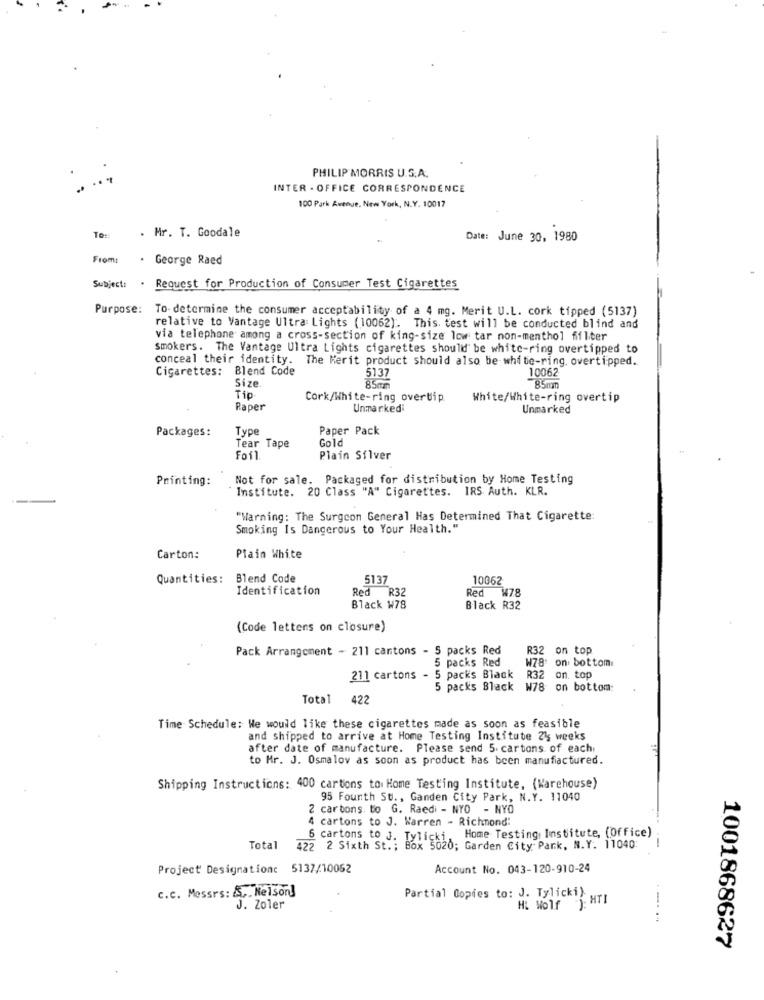
PHILIP MORRIS U.S.A.
INTER - OFFICE CORRESPONDENCE
100 Park Avenue, New York, N.Y. 10017
To:
. Mr. T. Goodale
Date: June 30, 1980
From:
. George Raed
Subject: . Request for Production of Consumer Test Cigarettes
Purpose: To-determine the consumer acceptability of a 4 mg. Merit U.L. cork tipped (5137)
relative to Vantage Ultra Lights (10062). This. test will be conducted blind and
via telephone among a cross-section of king-size low tar non-menthol filter
smokers. The Vantage Ultra Lights cigarettes should be white-ring overtipped to
conceal their identity. The Merit product should also be white-ring. overtipped.
Cigarettes: Blend Code
5137
10062
Siz
85mn
Tip
Cork/White-ring overtip
White/White-ring overtip
Raper
Unmarkedi
Unmarked
Packages:
Type
Paper Pack
Gold
Tear Tape
Foil
Plain Silver
Printing:
Not for sale. Packaged for distribution by Home Testing
Institute. 20 Class "A" Cigarettes. IRS Auth. KLR.
"Warning: The Surgeon General Has Determined That Cigarette:
Smoking Is Dangerous to Your Health."
Carton:
Plain White
Quantities: Blend Code
5137
10062
Identification
Red R32
Red W78
Black W78
Black R32
(Code letters on closure)
Pack Arrangement - 211 cantons - 5 packs Red
R32 on top
5 packs Red
W78' on bottom:
211 cartons - 5
5 packs Black
R32 on. top
5 packs Black W78 on bottom:
Total
422
Time Schedule: We would like these cigarettes made as soon as feasible
and shipped to arrive at Home Testing Institute 24 weeks
after date of manufacture. Please send 5. cartons of each
to Mr. J. Osmalov as soon as product has been manufactured.
Shipping Instructions: 400 cartons to Home Testing Institute, (Warehouse)
95 Founth St ., Ganden City Park, N.Y. 11040
2 cartons to G. Raedi - NYO - NYO
4 cartons to J. Warren - Richmond:
6 cartons to J. Tylicki, Home Testing Institute, (Office)
Total
422 2 Sixth St .; Box 5020; Garden City Park, N.Y. 11040
Project Designation: 5137/10052
Account No. 043-120-910-24
c.c. Messrs: ,. Nelson!
Partial Copies to: J. Tylicki) .,
H: Wolf : HTI
J. Zoler
-. .
1001868627